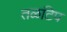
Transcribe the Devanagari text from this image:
तळटिप